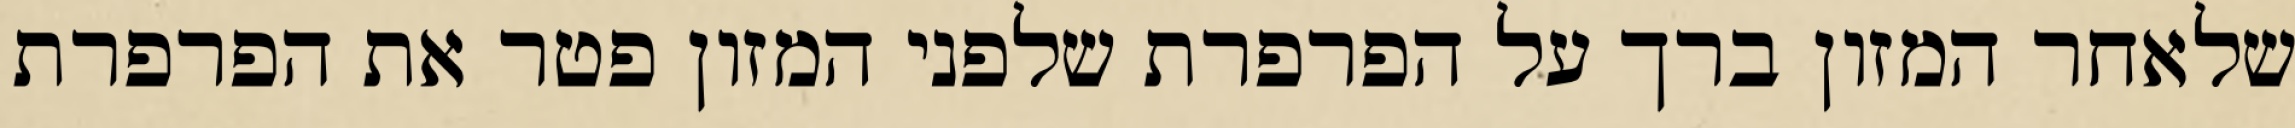
שלאחר המזון ברך על הפרפרת שלפני המזון פטר את הפרפרת